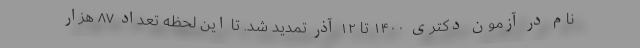
نام در آزمون دکتری ۱۴۰۰ تا ۱۲ آذر تمدید شد. تا این لحظه تعداد ۸۷ هزار